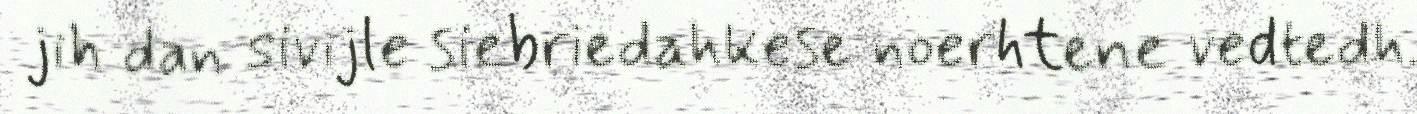
jih dan sivijle siebriedahkese noerhtene vedtedh.